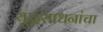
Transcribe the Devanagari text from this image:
युद्धसाधनांचा